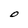
Character: O